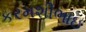
કરમશીભાઇ